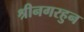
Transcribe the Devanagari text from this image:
श्रीनगरहुन